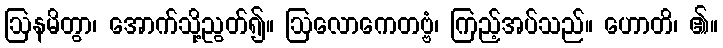
ဩနမိတွာ၊ အောက်သို့ညွတ်၍။ ဩလောကေတဗ္ဗံ၊ ကြည့်အပ်သည်။ ဟောတိ၊ ၏။